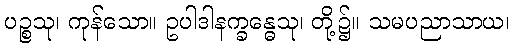
ပဉ္စသု၊ ကုန်သော။ ဥပါဒါနက္ခန္ဓေသု၊ တို့၌။ သမပညာသာယ၊